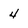
Character: 4